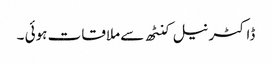
ڈاکٹر نیل کنٹھ سے ملاقات ہوئی ۔